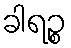
ခါရဉ္စ